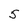
Character: 5